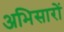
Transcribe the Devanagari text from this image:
अभिसारों